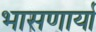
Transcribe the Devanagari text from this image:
भासणार्या